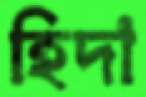
হিদা